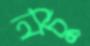
নিচুূ